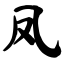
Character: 凤